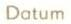
Datum